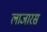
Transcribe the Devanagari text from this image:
लाजारस